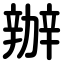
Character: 辦